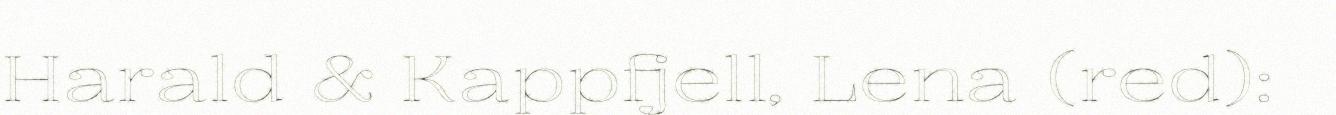
Harald & Kappfjell, Lena (red):